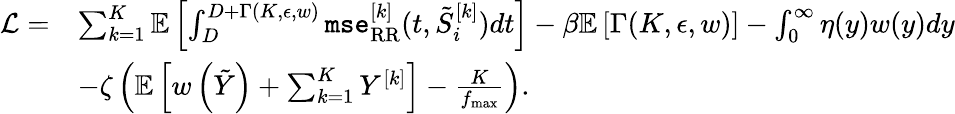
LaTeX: \begin{array}{rl}{\mathcal{L}=}&{\sum_{k=1}^{K}{\mathbb{E}}\left[\int_{D}^{D+\Gamma(K,\epsilon,w)}\texttt{mse}_{\mathrm{RR}}^{[k]}(t,\tilde{S}_{i}^{[k]})dt\right]-\beta{\mathbb{E}}\left[\Gamma(K,\epsilon,w)\right]-\int_{0}^{\infty}\eta(y)w(y)dy}\\ &{-\zeta\left({\mathbb{E}}\left[w\left(\tilde{Y}\right)+\sum_{k=1}^{K}Y^{[k]}\right]-\frac{K}{f_{\operatorname*{max}}}\right).}\end{array}